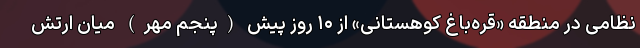
نظامی در منطقه «قره‌باغ کوهستانی» از ۱۰ روز پیش (پنجم مهر) میان ارتش